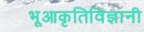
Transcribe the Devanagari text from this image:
भूआकृतिविज्ञानी